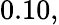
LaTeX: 0.10,